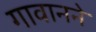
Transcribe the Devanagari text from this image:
गावानने